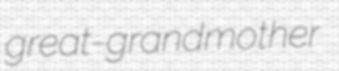
great-grandmother